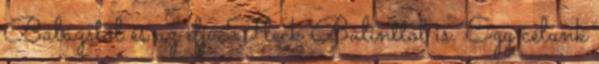
Balázstól és az ifjú Fleck Bálinttól is. Egy célunk